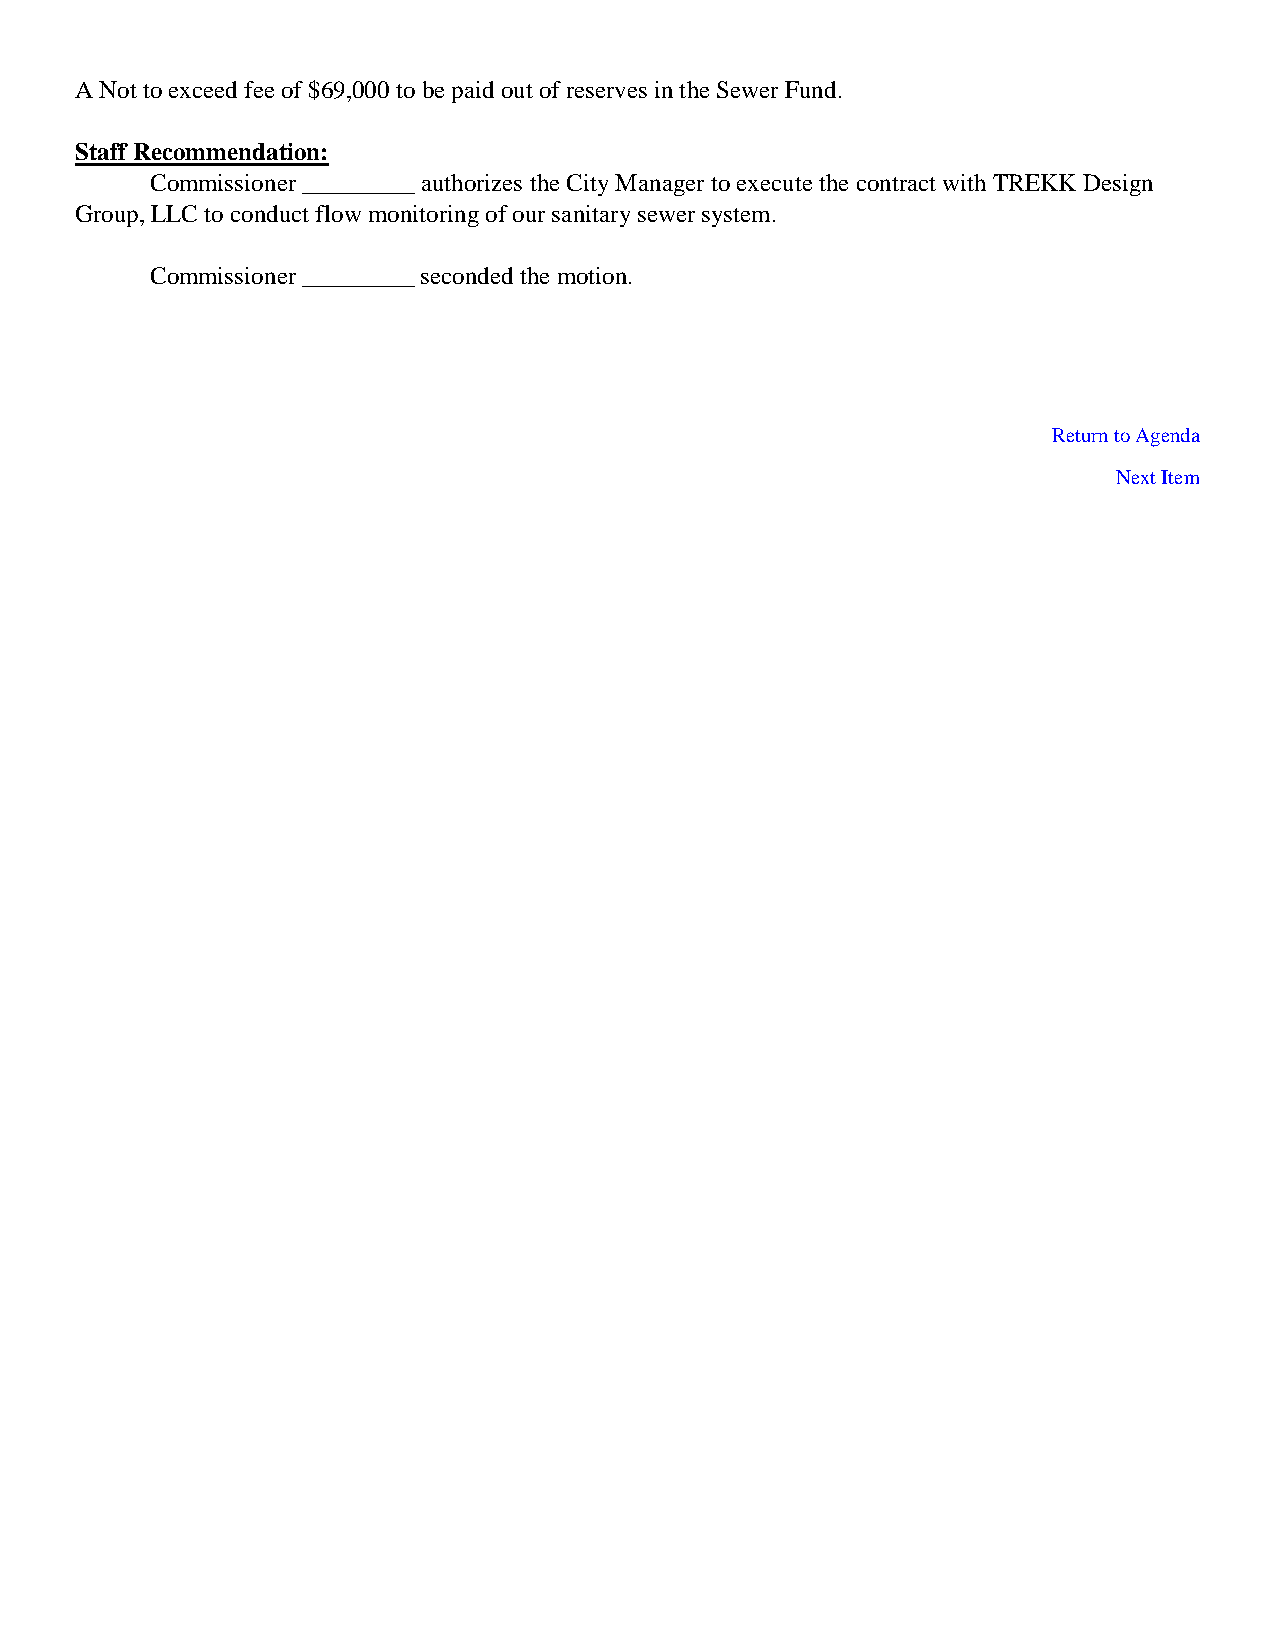
A Not to exceed fee of $69,000 to be paid out of reserves in the Sewer Fund.
 Staff Recommendation:
 Commissioner _________ authorizes the City Manager to execute the contract with TREKK Design
 Group, LLC to conduct flow monitoring of our sanitary sewer system.
 Commissioner _________ seconded the motion.
 Return to Agenda
 Next Item